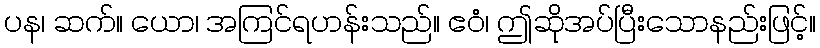
ပန၊ ဆက်။ ယော၊ အကြင်ရဟန်းသည်။ ဧဝံ၊ ဤဆိုအပ်ပြီးသောနည်းဖြင့်။